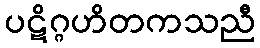
ပဋိဂ္ဂဟိတကသညီ